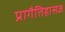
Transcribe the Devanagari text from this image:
प्रागैतिहासज्ञ